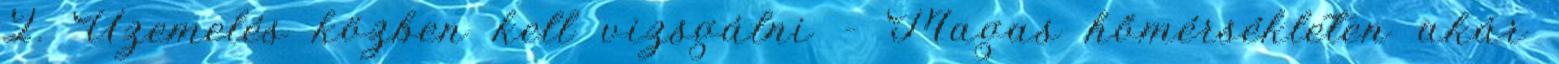
2. Üzemelés közben kell vizsgálni - Magas hőmérsékleten akár